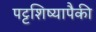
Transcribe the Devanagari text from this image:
पट्टशिष्यापैकी